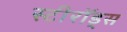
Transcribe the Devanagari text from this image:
स्टीरॉड्स